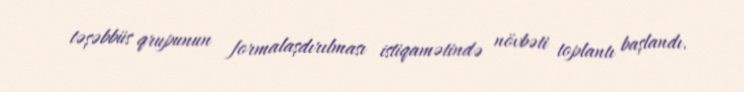
təşəbbüs qrupunun formalaşdırılması istiqamətində növbəti toplantı başlandı.